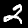
Label: 2